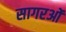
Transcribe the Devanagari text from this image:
सागरओं